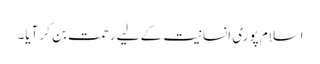
اسلام پوری انسانیت کے لیے رحمت بن کر آیا۔